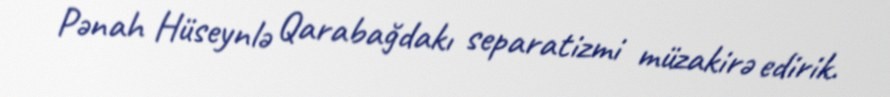
Pənah Hüseynlə Qarabağdakı separatizmi müzakirə edirik.